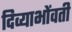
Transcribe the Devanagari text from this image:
दिव्याभोंवती